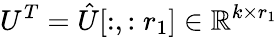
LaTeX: U^{T}=\hat{U}[:,:r_{1}]\in\mathbb{R}^{k\times r_{1}}